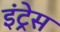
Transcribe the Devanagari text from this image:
इंट्रेस